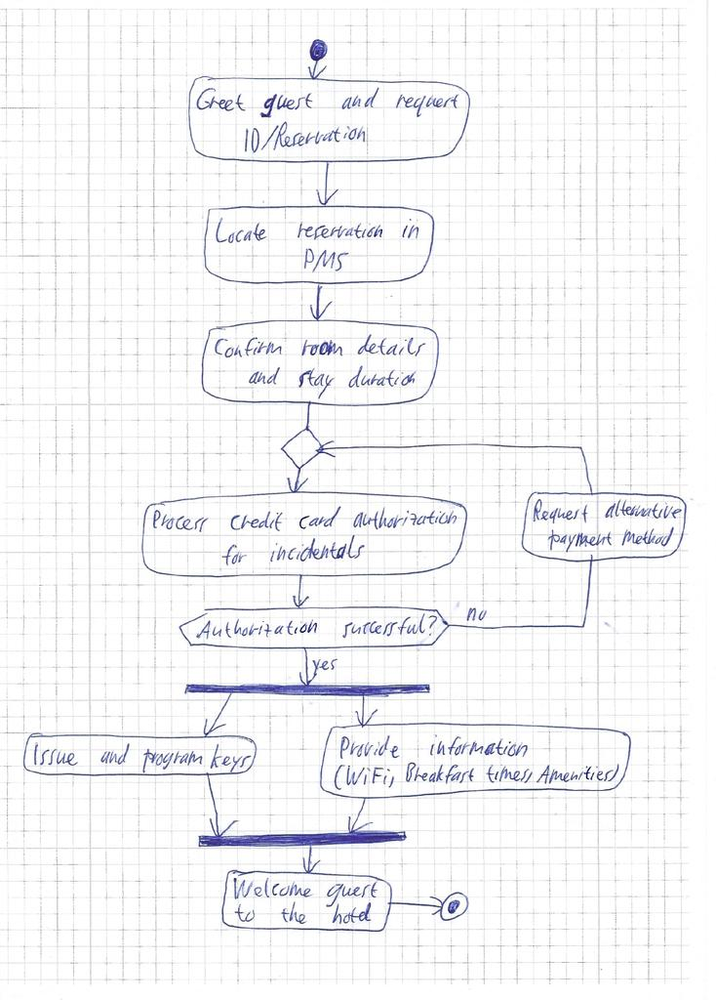
Diagram type: activity_diagram
```plantuml
@startuml

start

:Greet guest and request ID/Reservation;
:Locate reservation in PMS;
:Confirm room details and stay duration;

repeat
  :Process credit card authorization for incidentals;
backward:Request alternative payment method;
repeat while (Authorization successful?) is (no) not (yes)

fork
  :Issue and program keys;
fork again
  :Provide information (WiFi, Breakfast times, Amenities);
end fork

:Welcome guest to the hotel;

stop

@enduml
```